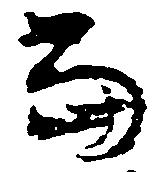
当